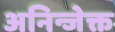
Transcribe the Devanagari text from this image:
अनिन्जेक्त